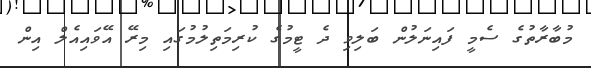
މުބާރާތުގެ ސެމީ ފައިނަލުން ބަލިވި ދެ ޓީމުގެ ކުރިމަތިލުމުގައި މިރޭ އޭވައިއެލް އިން